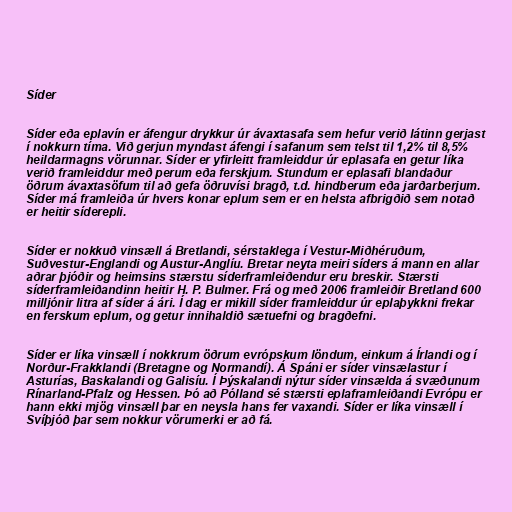
Síder

Síder eða eplavín er áfengur drykkur úr ávaxtasafa sem hefur verið látinn gerjast
í nokkurn tíma. Við gerjun myndast áfengi í safanum sem telst til 1,2% til 8,5%
heildarmagns vörunnar. Síder er yfirleitt framleiddur úr eplasafa en getur líka
verið framleiddur með perum eða ferskjum. Stundum er eplasafi blandaður
öðrum ávaxtasöfum til að gefa öðruvísi bragð, t.d. hindberum eða jarðarberjum.
Síder má framleiða úr hvers konar eplum sem er en helsta afbrigðið sem notað
er heitir síderepli.

Síder er nokkuð vinsæll á Bretlandi, sérstaklega í Vestur-Miðhéruðum,
Suðvestur-Englandi og Austur-Anglíu. Bretar neyta meiri síders á mann en allar
aðrar þjóðir og heimsins stærstu síderframleiðendur eru breskir. Stærsti
síderframleiðandinn heitir H. P. Bulmer. Frá og með 2006 framleiðir Bretland 600
milljónir litra af síder á ári. Í dag er mikill síder framleiddur úr eplaþykkni frekar
en ferskum eplum, og getur innihaldið sætuefni og bragðefni.

Síder er líka vinsæll í nokkrum öðrum evrópskum löndum, einkum á Írlandi og í
Norður-Frakklandi (Bretagne og Normandí). Á Spáni er síder vinsælastur í
Asturías, Baskalandi og Galisíu. Í Þýskalandi nýtur síder vinsælda á svæðunum
Rínarland-Pfalz og Hessen. Þó að Pólland sé stærsti eplaframleiðandi Evrópu er
hann ekki mjög vinsæll þar en neysla hans fer vaxandi. Síder er líka vinsæll í
Svíþjóð þar sem nokkur vörumerki er að fá.